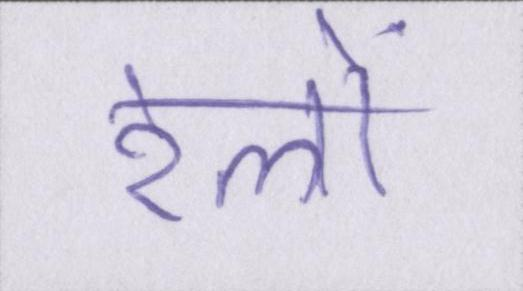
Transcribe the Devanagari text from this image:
रेलों